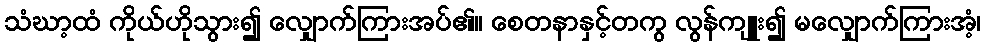
သံဃာ့ထံ ကိုယ်ဟိုသွား၍ လျှောက်ကြားအပ်၏။ စေတနာနှင့်တကွ လွန်ကျူး၍ မလျှောက်ကြားအံ့၊